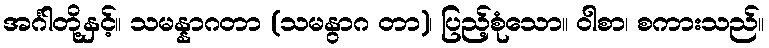
အင်္ဂါတို့နှင့်။ သမန္နာဂတာ (သမနွာဂ တာ)၊ ပြည့်စုံသော။ ဝါစာ၊ စကားသည်။